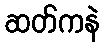
ဆတ်ကနဲ